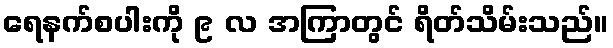
ရေနက်စပါးကို ၉ လ အကြာတွင် ရိတ်သိမ်းသည်။